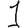
Digit: 1